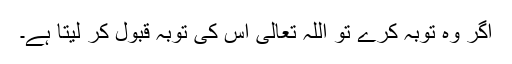
اگر وہ توبہ کرے تو اللہ تعالیٰ اس کی توبہ قبول کر لیتا ہے۔